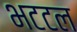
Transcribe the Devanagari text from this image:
भटटल